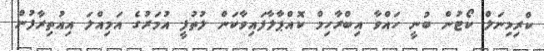
ކްރިމިނަލް ކޯޓުން ބުނީ ހައްވާ އިބްރާހިމް ކޮއްޕާލާފައިވާކަން ލުތުފީ އުމަރުގެ އަމިއްލަ އިއުތިރާފުން